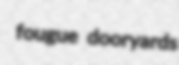
fougue dooryards